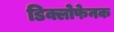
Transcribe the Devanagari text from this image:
डिक्लोफेनक